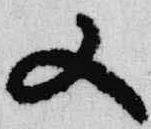
又